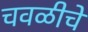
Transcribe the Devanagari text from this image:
चवळीचे